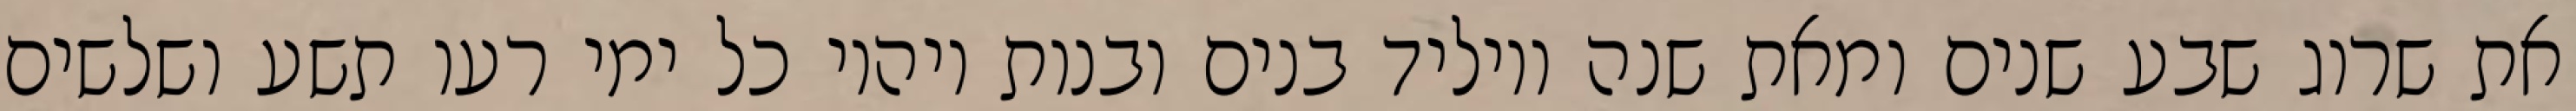
את שרוג שבע שנים ומאת שנה ויוליד בנים ובנות ויהיו כל ימי רעו תשע ושלשים